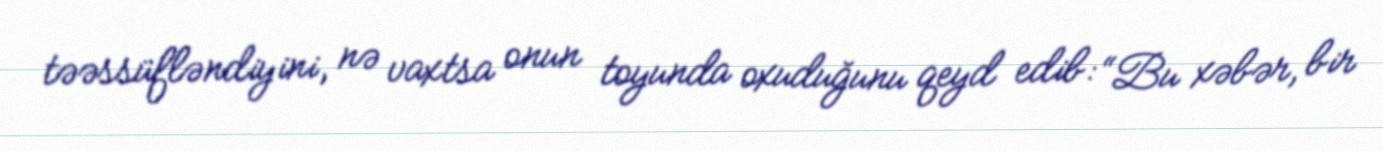
təəssüfləndiyini, nə vaxtsa onun toyunda oxuduğunu qeyd edib: “Bu xəbər, bir